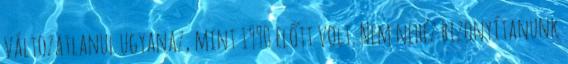
változatlanul ugyanaz, mint 1990 előtt volt. Nem nehéz bizonyítanunk